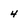
Character: 4